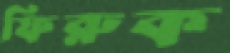
ফিরুক